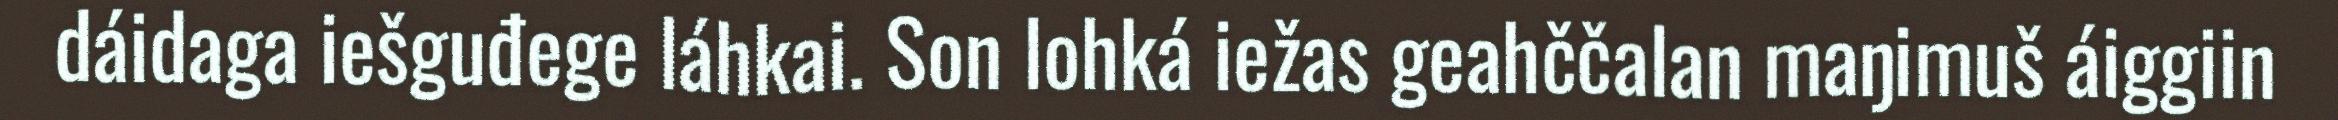
dáidaga iešguđege láhkai. Son lohká iežas geahččalan maŋimuš áiggiin